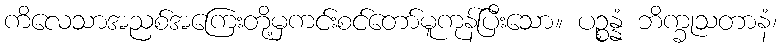
ကိလေသာအညစ်အကြေးတို့မှကင်းစင်တော်မူကုန်ပြီးသော။ ပဉ္စန္နံ ဘိက္ခုသတာနံ၊